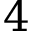
4